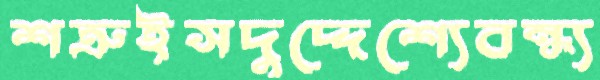
শত্রুইসদুদ্দেশ্যেবন্ধ্য